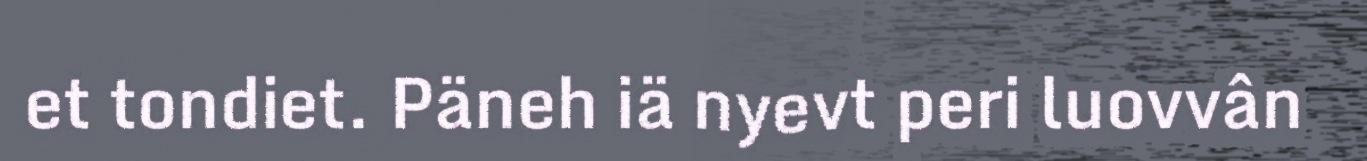
et tondiet. Päneh iä nyevt peri luovvân